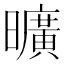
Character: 曠